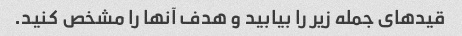
قیدهای جمله زیر را بیابید و هدف آنها را مشخص کنید.